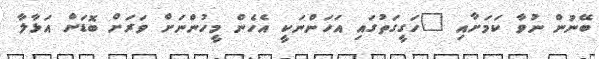
ބޭނުން ނުވާ ކަމަށާއި "ހަގީގަތުގައި އަހަންނަކީ އެހެން މީހުންނަށް ވަރަށް ބޮޑަށް އަޅާލާ